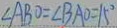
\angle A B O = \angle B A O = 1 5 ^ { \circ }